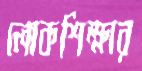
লোকশিক্ষার